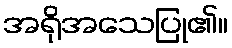
အရိုအသေပြု၏။